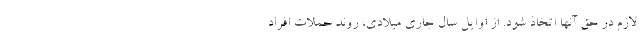
لازم در حق آنها اتخاذ شود. از اوایل سال جاری میلادی، روند حملات افراد